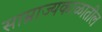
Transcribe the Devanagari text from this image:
साम्राज्यकाळातील